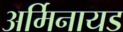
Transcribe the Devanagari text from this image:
अर्मिनायड